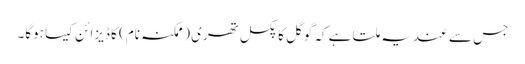
جس سے عندیہ ملتا ہے کہ گوگل کا پکسل تھری (ممکنہ نام) کا ڈیزائن کیسا ہوگا۔